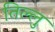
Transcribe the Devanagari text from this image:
तिल्लु